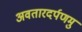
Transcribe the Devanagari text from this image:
अवतारदर्पणमु